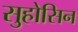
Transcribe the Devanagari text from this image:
सुहोसिन